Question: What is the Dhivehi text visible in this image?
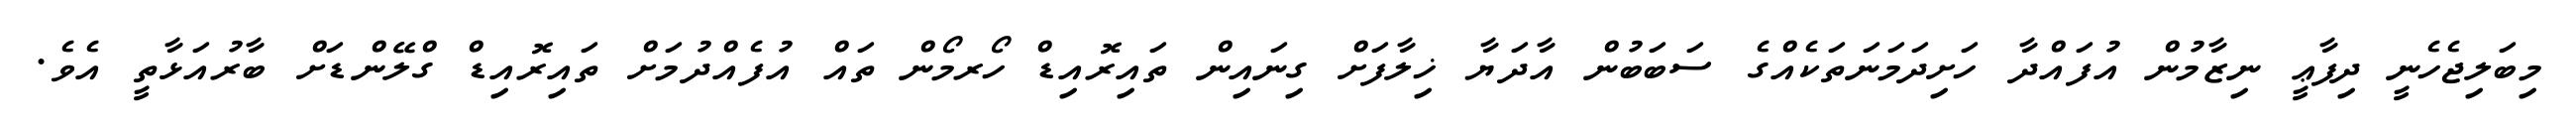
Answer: މިބަލިޖެހެނީ ދިފާޢީ ނިޒާމުން އުފައްދާ ހަށިދަމަނަތަކެއްގެ ސަބަބުން އާދަޔާ ޚިލާފަށް ގިނައިން ތައިރޮއިޑް ހޯރމޯން ތައް އުފެއްދުމަށް ތައިރޮއިޑް ގްލޭންޑަށް ބާރުއަޅާތީ އެވެ.